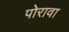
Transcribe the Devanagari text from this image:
पोरावा